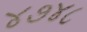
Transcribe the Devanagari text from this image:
४७४८